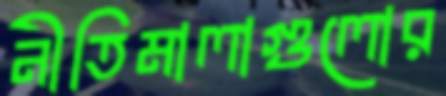
নীতিমালাগুলোর